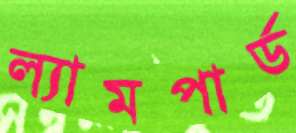
ল্যামপার্ড